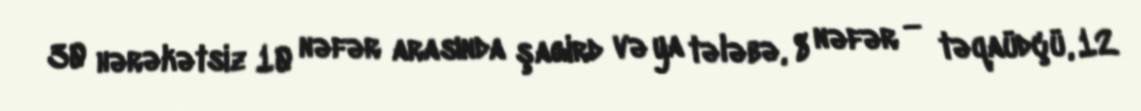
30 hərəkətsiz 10 nəfər arasında şagird və ya tələbə, 8 nəfər — təqaüdçü, 12